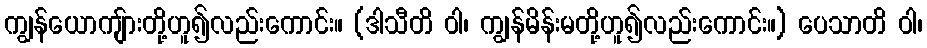
ကျွန်ယောကျ်ားတို့ဟူ၍လည်းကောင်း။ (ဒါသီတိ ဝါ၊ ကျွန်မိန်းမတို့ဟူ၍လည်းကောင်း။) ပေသာတိ ဝါ၊